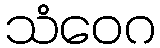
သံဝေဂ